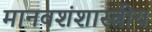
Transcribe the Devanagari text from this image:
मानवशंशास्त्रीय